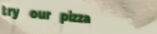
try our pizza